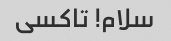
سلام! تاکسی